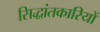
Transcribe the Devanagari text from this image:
सिद्धांतकारियों